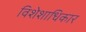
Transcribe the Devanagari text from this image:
विशेशाधिकार